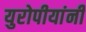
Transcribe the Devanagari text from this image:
युरोपीयांनी